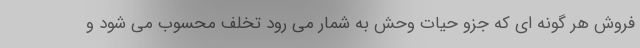
فروش هر گونه ای که جزو حیات وحش به شمار می رود تخلف محسوب می شود و